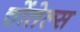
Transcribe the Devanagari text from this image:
चोंतेल्स